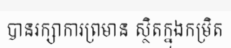
បានរក្សាការព្រមាន ស្ថិតក្នុងកម្រិត